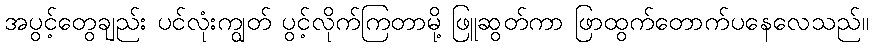
အပွင့်တွေချည်း ပင်လုံးကျွတ် ပွင့်လိုက်ကြတာမို့ ဖြူဆွတ်ကာ ဖြာထွက်တောက်ပနေလေသည်။